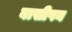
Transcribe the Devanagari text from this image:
बासीपन